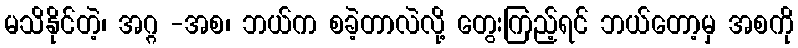
မသိနိုင်တဲ့၊ အဂ္ဂ -အစ၊ ဘယ်က စခဲ့တာလဲလို့ တွေးကြည့်ရင် ဘယ်တော့မှ အစကို